Vaccination in Bombay 1924-1928 - 1924-1928
Year: 1924
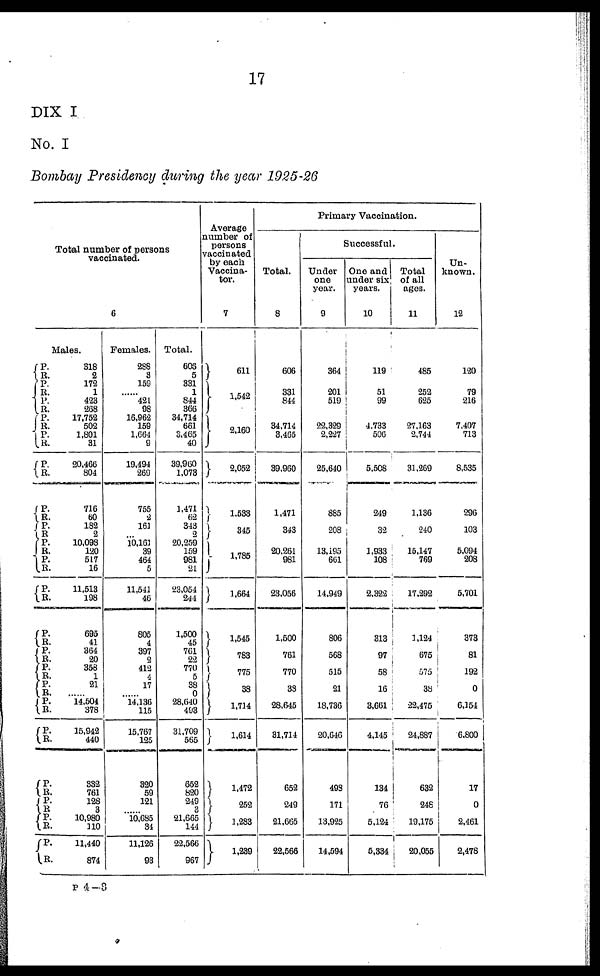
17
DIX I
No. I
Bombay Presidency during the year 1925-26
Total number of persons
vaccinated.
6
Males.
P.
R.
P.
R.
P.
R.
P.
R.
P.
R.
P.
R.
P.
R.
P.
R.
P.
R.
P.
R.
P.
R.
P.
R.
P.
R.
P.
R.
P.
R.
P.
R.
P.
R.
P.
R.
P.
R.
P.
R.
P.
R.
318
2
172
1
423
268
17,752
502
1,801
31
20,466
804
716
60
182
2
10,098
120
517
16
11,513
198
695
41
364
20
358
1
21
......
14,504
378
15,942
440
332
761
128
3
10,980
110
11,440
874
Females.
288
3
159
......
421
98
16,962
159
1,664
9
19,494
269
755
2
161
...
10,161
39
464
5
11,541
46
805
4
397
2
412
4
17
......
14,136
115
15,767
125
320
59
121
......
10,685
34
11,126
93
Total.
606
5
331
1
844
366
34,714
661
3,465
40
39,960
1,073
1,471
62
343
2
20,259
159
981
21
23,054
241
1,500
45
761
22
770
5
38
0
28,640
493
31,709
565
652
820
249
3
21,665
144
22,566
967
Average
number of
persons
vaccinated
by each
Vaccina-
tor.
7
611
1,542
2,160
2,052
1,533
345
1,785
1,664
1,545
783
775
38
1,714
1,614
1,472
252
1,283
1,239
Primary Vaccination.
Total.
8
606
331
844
34,714
3,465
39,960
1,471
343
20,261
981
23,056
1,500
761
770
38
28,645
31,714
652
249
21,665
22,566
Successful.
Under
one
year.
9
364
201
519
22,329
2,227
25,640
885
208
13,195
661
14,949
806
568
515
21
18,736
20,646
498
171
13,925
14,594
One and
under six
years.
10
119
51
99
4,733
506
5,508
249
32
1,933
108
2,322
313
97
58
16
3,661
4,145
134
76
5,124
5,334
Total
of all
ages.
11
485
252
625
27,163
2,744
31,269
1,136
240
15,147
769
17,292
1,124
675
575
38
22,475
24,887
632
248
19,175
20,055
Un-
known.
12
120
79
216
7,407
713
8,535
296
103
5,094
208
5,701
373
81
192
0
6,154
6,800
17
0
2,461
2,478
P 4—3